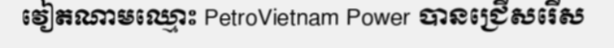
វៀតណាមឈ្មោះ PetroVietnam Power បានជ្រើសរើស